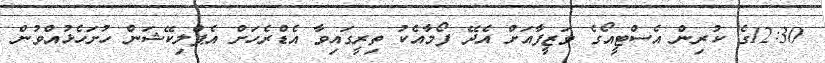
12:30ގެ ކުރިން އެސްޓީއޯގެ ވަޒީފާއަށް އެދޭ ފޯމާއެކު ތިރީގައިވާ އެޑްރެހަށް އެޕްލިކޭޝަން ހުށަހެޅުއްވުން